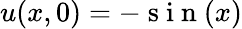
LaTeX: u(x,0)=-\mathrm{~s~i~n~}(x)